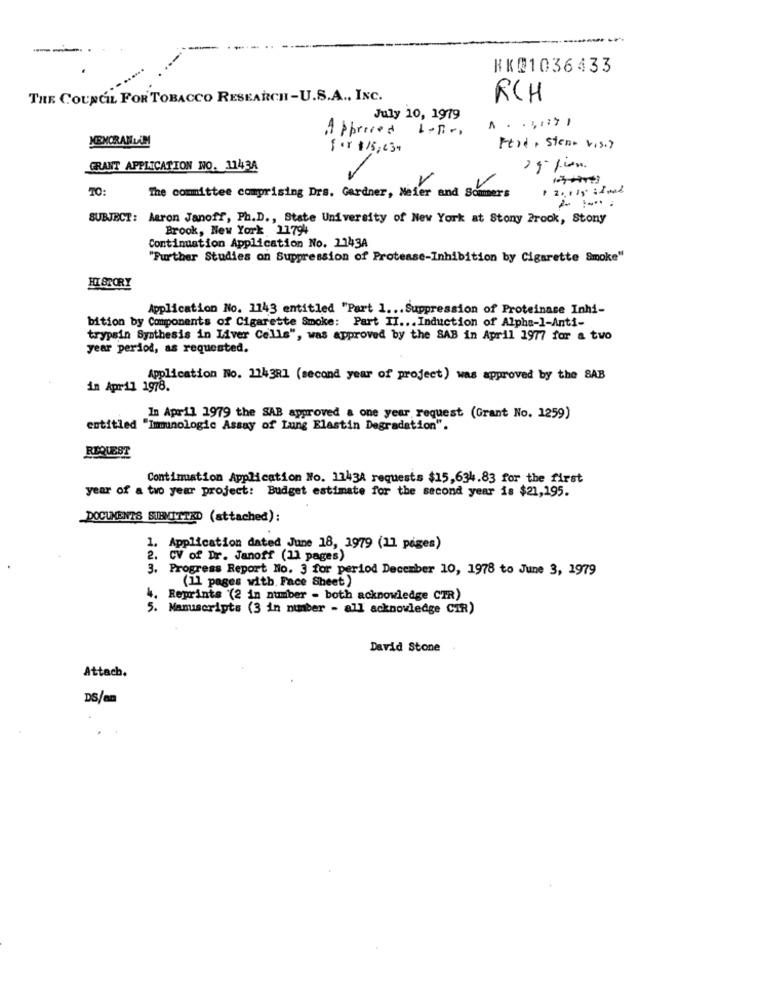
-- -
KK@1036433
THE COUNCIL FOR TOBACCO RESEARCH-U.S.A ., INC.
RCH
July 10, 1979
A ppriced
KEMORANLAİM
for 1 15, 43+
Frid , Stene visit
GRANT APPLICATION NO. 1143A
V
TO:
The committee comprising Drs. Gardner, Meier and Sommers
SUBJECT: Aaron Janoff, Ph.D ., State University of New York at Stony Prook, Stony
Brook, New York 11794
Continuation Application No. 2143A
"Further Studies on Suppression of Protease-Inhibition by Cigarette Smoke"
HISTORY
Application No. 1143 entitled "Part 1 ... Suppression of Proteinase Inhi-
bition by Components of Cigarette Smoke: Part II ... Induction of Alpha-1-Anti-
trypsin Synthesis in Liver Cells", was approved by the SAB in April 1977 for a two
year period, as requested.
Application No. 114381 (second year of project) was approved by the SAB
in April 1978.
In April 1979 the SAB approved & one year request (Grant No. 1259)
entitled "Immunologic Assay of Lung Elastin Degradation".
REQUEST
Continuation Application No. 1143A requests $15,634.83 for the first
year of a two year project: Budget estimate for the second year is $21,195.
DOCUMENTS SUBMITTED (attached):
1. Application dated June 18, 1979 (11 pages)
2. CV of Dr. Janoff (11 pages)
3. Progress Report No. 3 for period December 10, 1978 to June 3, 1979
(11 pages with, Face Sheet)
4. Reprints (2 in number - both acknowledge CIR)
5. Manuscripts (3 in number - all acknowledge CIR)
David Stone
Attach.
DS/an
. .